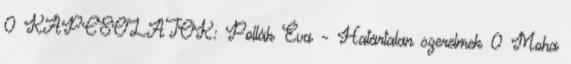
0 KAPCSOLATOK: Pollák Éva – Határtalan szerelmek 0 Moha